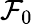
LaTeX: \mathcal{F}_{0}